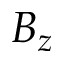
B _ { z }